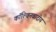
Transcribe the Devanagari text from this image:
कॉल्विनवादीय